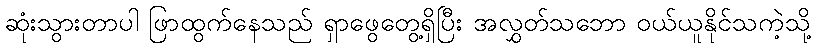
ဆုံးသွားတာပါ ဖြာထွက်နေသည် ရှာဖွေတွေ့ရှိပြီး အလွှတ်သဘော ဝယ်ယူနိုင်သကဲ့သို့